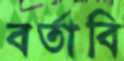
বর্তাবি